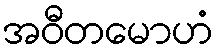
အဝီတမောဟံ